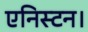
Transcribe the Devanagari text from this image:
एनिस्टन।